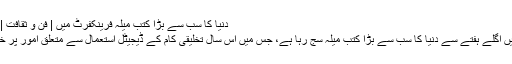
دنیا کا سب سے بڑا کُتب میلہ فرینکفرٹ میں | فن و ثقافت | DW | 09.10.2011
جرمن شہر فرینکفرٹ میں اگلے ہفتے سے دنیا کا سب سے بڑا کُتب میلہ سج رہا ہے، جس میں اس سال تخلیقی کام کے ڈیجیٹل استعمال سے متعلق امور پر خصوصی توجہ رہے گی۔